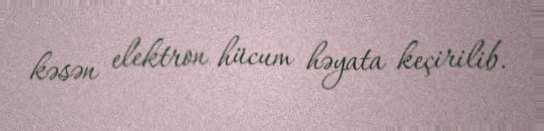
kəsən elektron hücum həyata keçirilib.